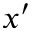
x ^ { \prime }